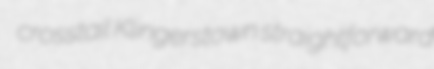
crosstail Klingerstown straightforward